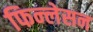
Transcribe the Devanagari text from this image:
फिन्लेसन